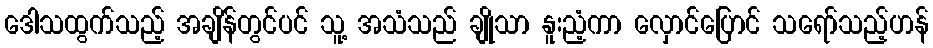
ဒေါသထွက်သည့် အချိန်တွင်ပင် သူ့ အသံသည် ချိုသာ နူးညံ့ကာ လှောင်ပြောင် သရော်သည့်ဟန်